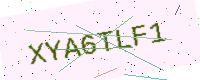
Text: XYA6TLF1